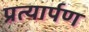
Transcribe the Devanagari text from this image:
प्रत्‍यार्पण